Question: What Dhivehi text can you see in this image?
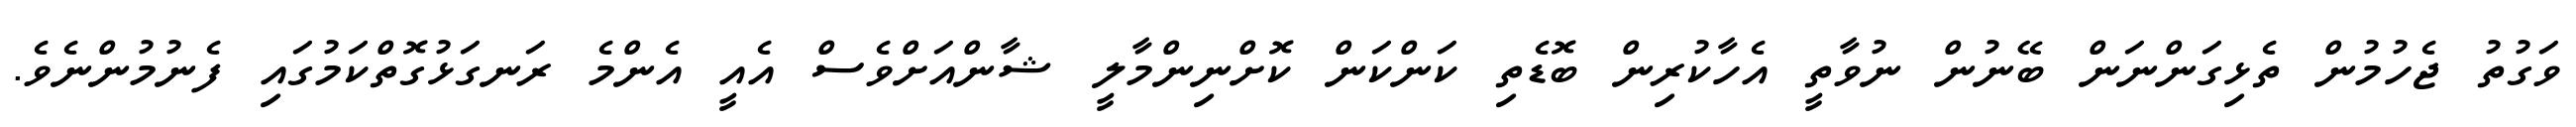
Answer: ވަގުތު ޖެހުމުން ތެޅިގަންނަން ބޭނުން ނުވާތީ އެހާކުރިން ބޮޑެތި ކަންކަން ކޮށްނިންމާލީ ޝާންއަށްވެސް އެއީ އެންމެ ރަނގަޅުގޮތްކަމުގައި ފެނުމުންނެވެ.